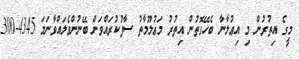
މީގެ އިތުރުން މި އިޢުލާނާ ބެހޭގޮތުން އިތުރު މަޢުލޫމާތު ސާފުކުރައްވަން ބޭނުންވެލައްވާނަމަ 4345-300